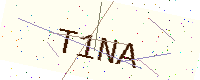
Text: T1NA